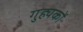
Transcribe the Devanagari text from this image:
गुह्यकों